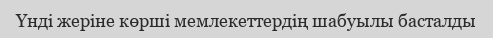
Үнді жеріне көрші мемлекеттердің шабуылы басталды